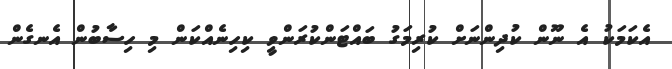
އެކަމަކު އެ ނޫން ކުދިންނަށް ކުރިމަގު ބައްޓަންކުރަންވީ ކިހިނެއްކަން މި ހިސާބުން އެނގެން